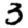
Digit: 3